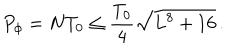
LaTeX: P _ { \phi } = N T _ { 0 } \leq \frac { T _ { 0 } } { 4 } \sqrt { L ^ { 8 } + 1 6 } \, .